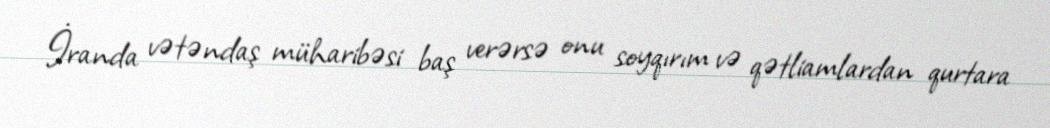
İranda vətəndaş müharibəsi baş verərsə onu soyqırım və qətliamlardan qurtara